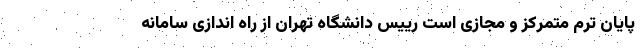
پایان ترم متمرکز و مجازی است رییس دانشگاه تهران از راه اندازی سامانه